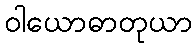
ဝါယောဓာတုယာ